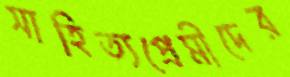
সাহিত্যপ্রেমীদের